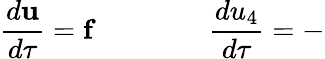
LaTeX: \frac{d\mathbf{u}}{d\tau}=\mathbf{f}\qquad\qquad\frac{du_{4}}{d\tau}=-